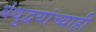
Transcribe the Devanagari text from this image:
बंधुद्वयांच्याही